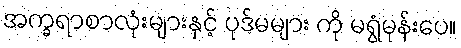
အက္ခရာစာလုံးများနှင့် ပုဒ်မများ ကို မရွံမုန်းပေ။